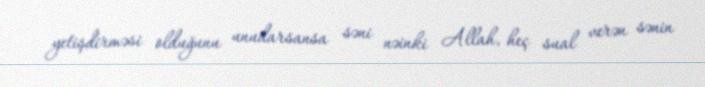
yetişdirməsi olduğunu unudarsansa səni nəinki Allah, heç sual verən sənin